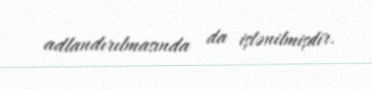
adlandırılmasında da işlənilmişdir.